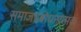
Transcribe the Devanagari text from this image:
समाजप्रबोधनात्मक